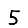
Digit: 5